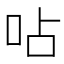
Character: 呫